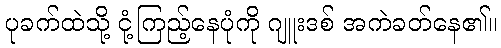
ပုခက်ထဲသို့ ငုံ့ကြည့်နေပုံကို ဂျူးဒစ် အကဲခတ်နေ၏။